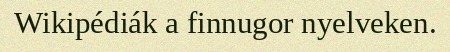
Wikipédiák a finnugor nyelveken.